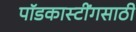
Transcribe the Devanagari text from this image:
पॉडकास्टींगसाठी